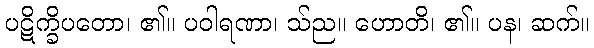
ပဋိက္ခိပတော၊ ၏။ ပဝါရဏာ၊ သ်ည။ ဟောတိ၊ ၏။ ပန၊ ဆက်။